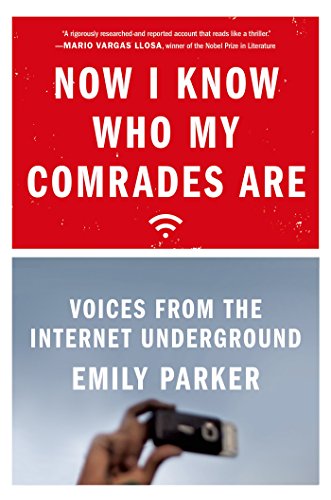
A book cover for Now I Know Who My Comrades Are: Voices from the Internet Underground; Emily Parker; Computers & Technology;